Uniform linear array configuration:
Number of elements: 8
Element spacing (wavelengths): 0.75
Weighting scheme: uniform
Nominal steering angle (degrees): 15
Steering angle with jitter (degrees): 15.524
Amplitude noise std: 0.05
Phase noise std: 0.05

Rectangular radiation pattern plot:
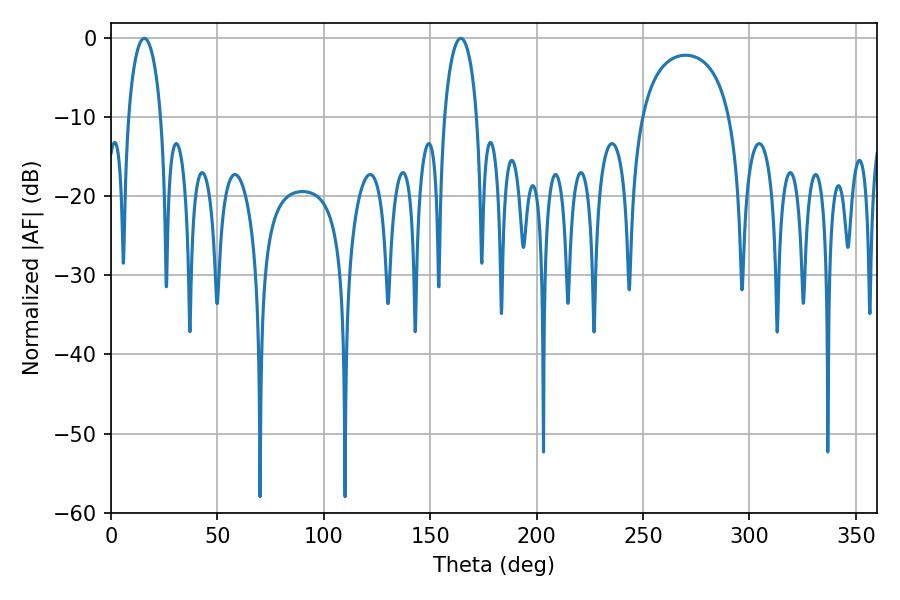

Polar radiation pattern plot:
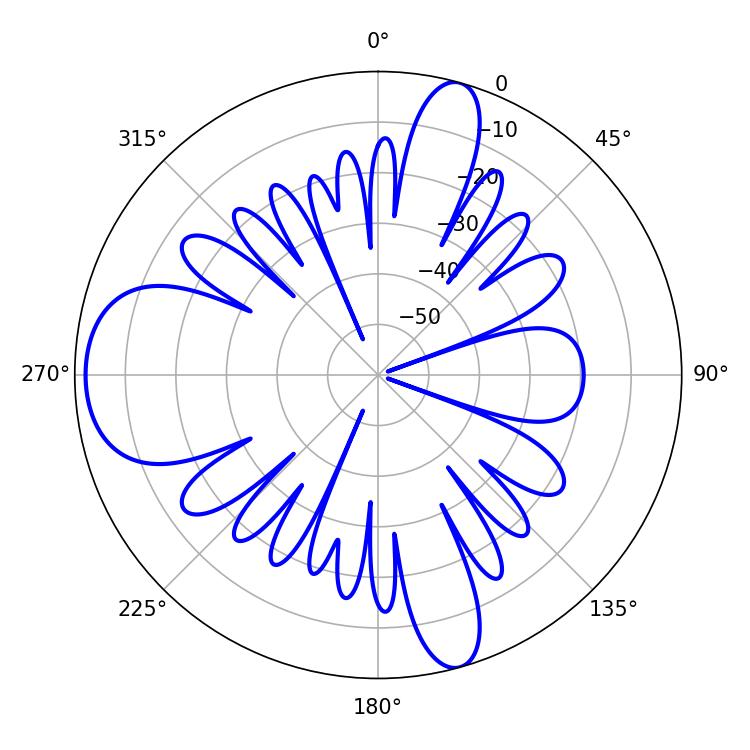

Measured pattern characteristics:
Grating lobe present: TRUE
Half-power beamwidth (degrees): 8.64
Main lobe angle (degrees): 15.66